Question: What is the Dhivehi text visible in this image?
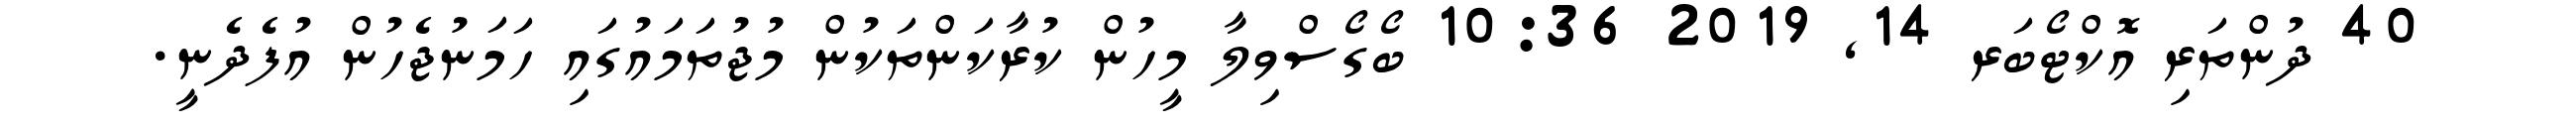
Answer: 40 ދުންތަރި އޮކްޓޯބަރ 14, 2019 10:36 ބޯގޯސްވިލާ މީހުން ކުރާކަންތަކުން މުޖުތަމައުގައި ހަމަނުޖެހުން އުފެދެނީ.